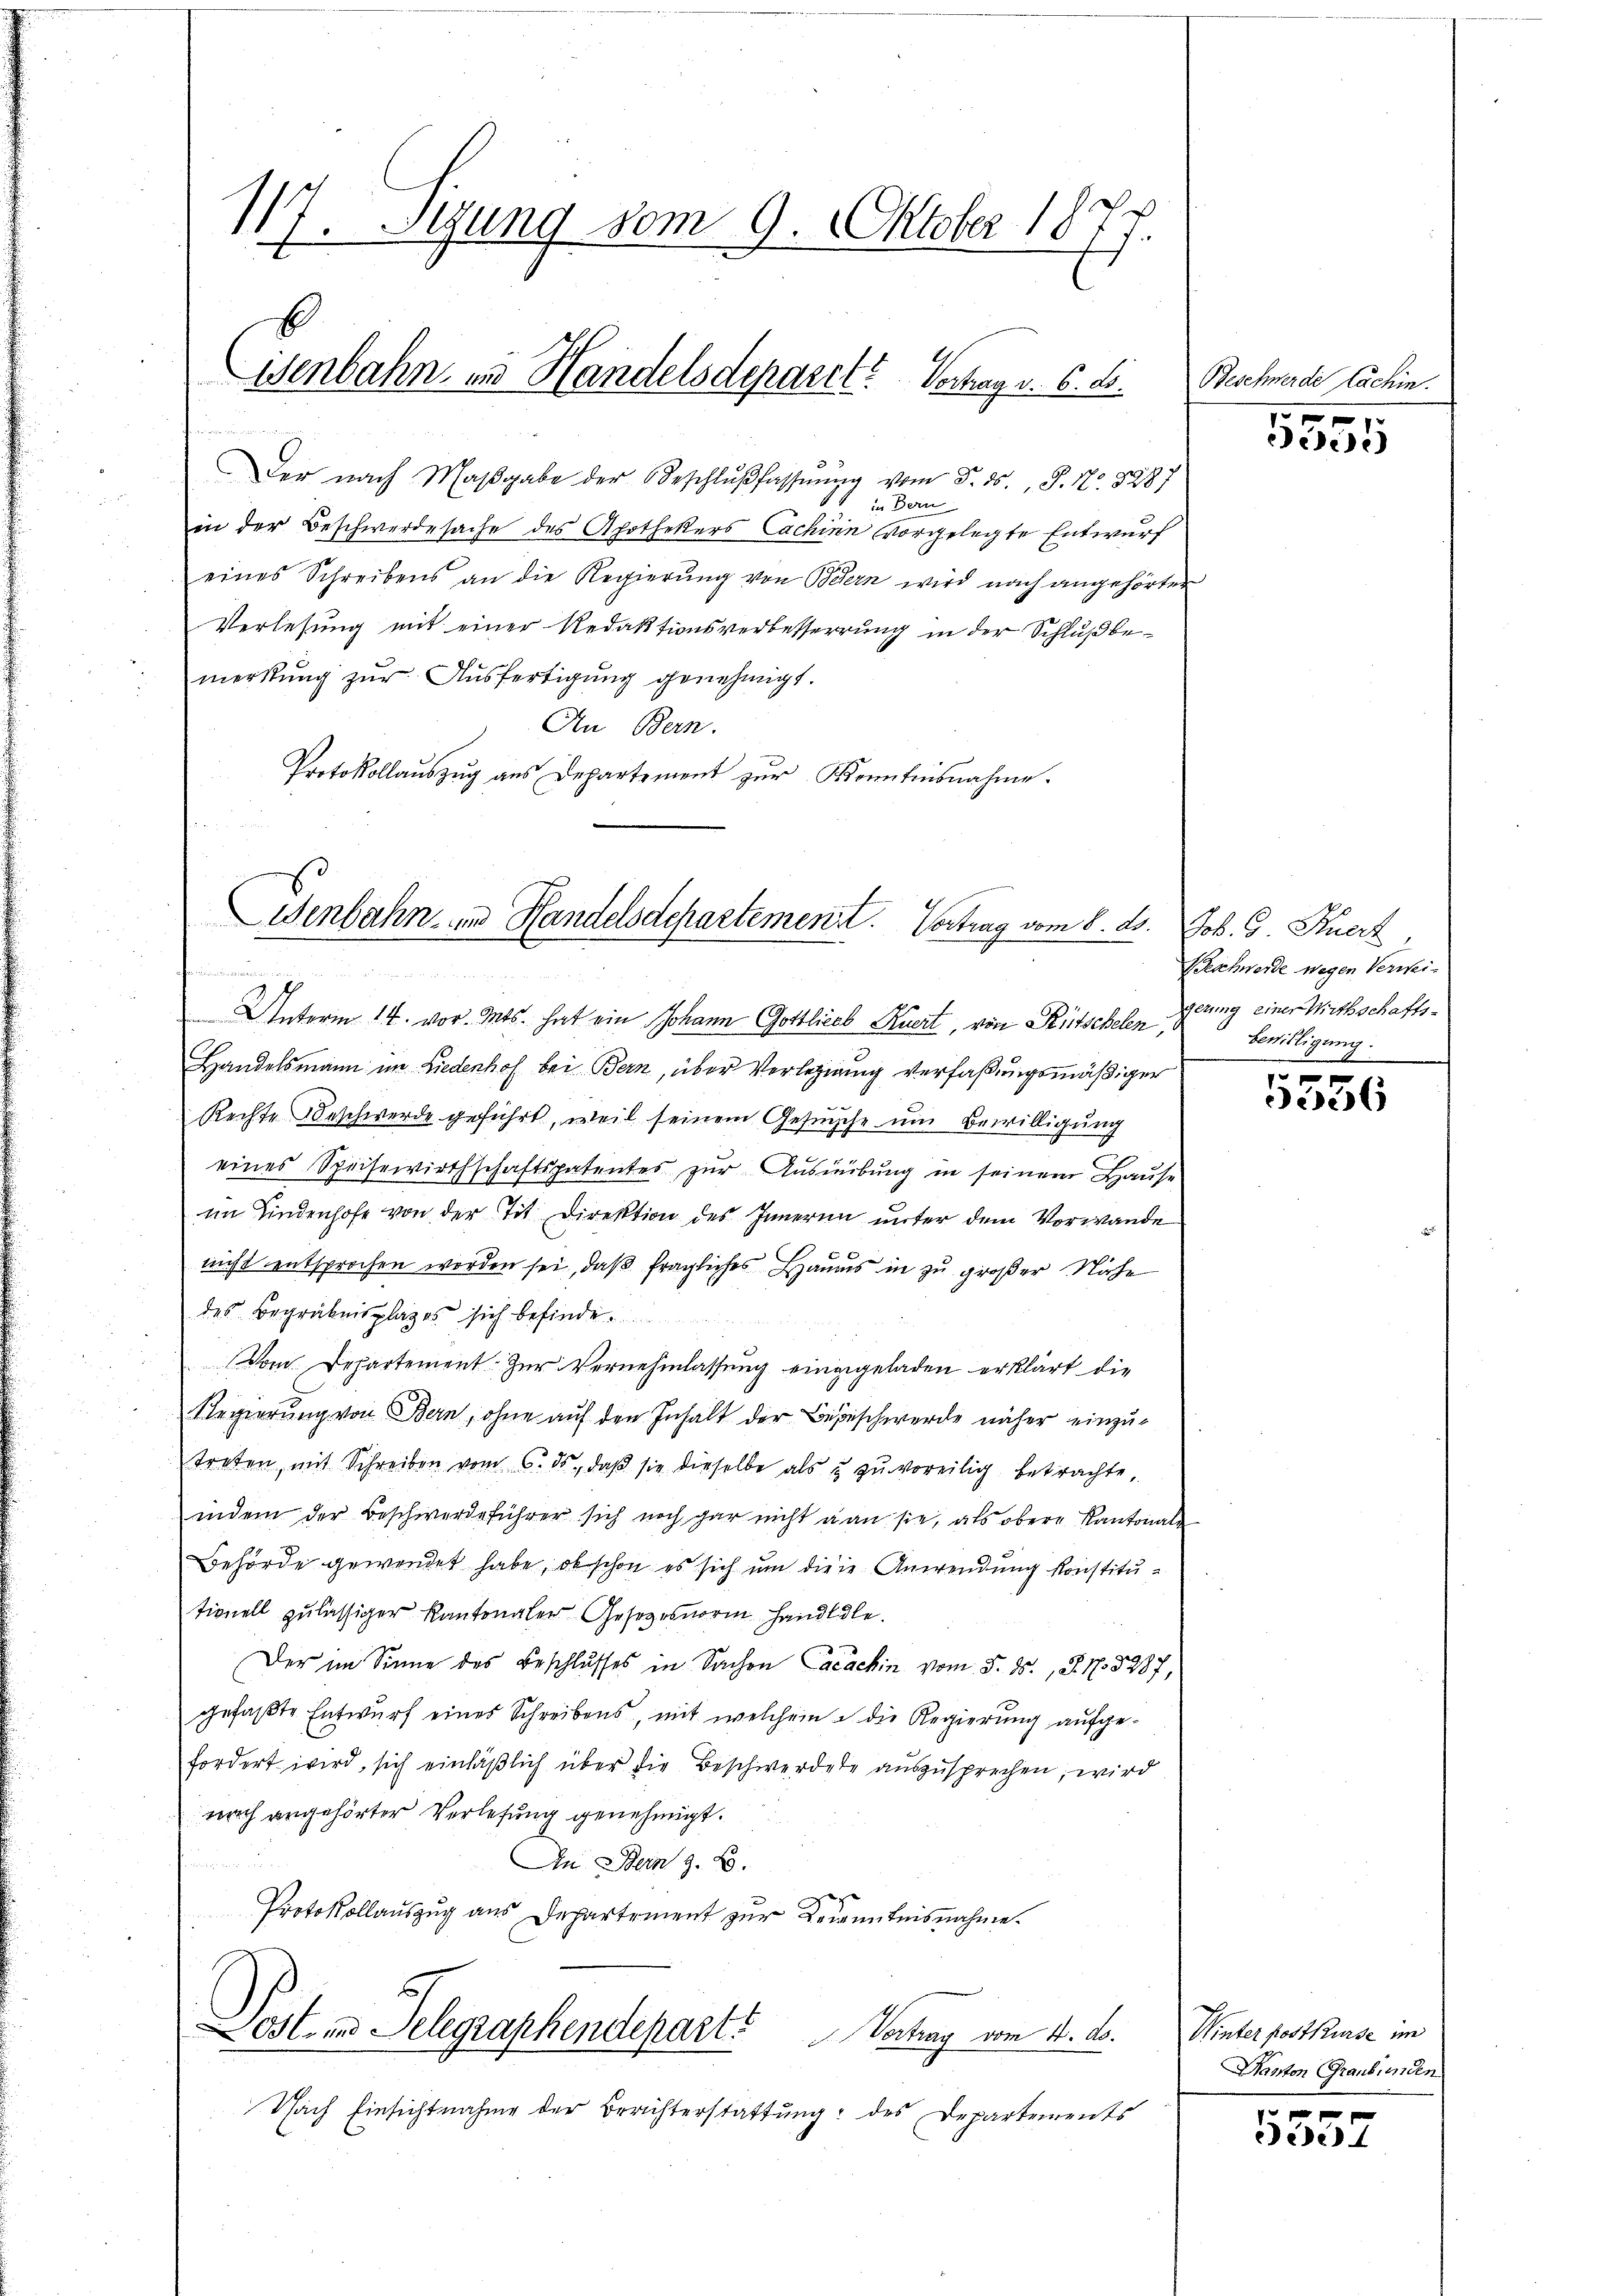
117. Segung vom 9. Oktober 1877.
b

Der nach Maβgabe der Beschlŭβ fassŭng vom 5. ds., S. Nr. 8287
) in Bern
in der Beschwerdesache des Apothekers Cachinn vorgelegte Entwurf
eines Schreibens an die Regierŭng von Bern wird nach angehörter
Verlesung mit einer Redaktionsverbesserrung in der Schluß bemerkung zur Ausfertigung genehmigt.
An Bern.
Protokollaŭszŭg aŭs Departement zŭr Kenntnisnahme.

Isenbahn in Handelsdepart? Vertrag v. 6. ds.

Wenbahn- und Handelsdepartement. Vortrag vom 8. d.
fnun

Unterm 14. vor. Mts. hat ein Johann Gottlieb Ruert, von Rütschelen gerung einer Wirthschafts¬
Handelsmann im Liedenhof bei Bern, über Verlegung verfaßungsmäßiger
Rechte Beschwerde geführt, weil seinem Gesŭche um Bewilligung
eines Speisewirthschaftspatentes zur Ausrübung in seinem Hause
im findenhofe von der Tit. Direktion des Inneren unter dem Vorwande
nicht entsprochen worden sei, daß fragliches Haus in zu großer Nähe
des Begräbnis plages sich befinde.
Dom. Departement. Zur Vernehmlassung eingegeladen erklärt die
Regierung von Bern, ohne auf den Inhalt der Bepeschwerde näher einzutreten, mit Schreiben vom 6. ds., daβ sie dieselbe als u zŭ voreilig betrachte,
indem der Beschwerdeführer sich noch gar nicht an sie, als obere Kantonale
Behörde gewendet habe, ob schon es sich um diese Anwendung konstitutionell zulässiger Kantonaler Gesezesnorm handldle.
Der im Sinne des Beschlusses in Sachen Cacachin vom J. J., S. N. 5287,
gefaßte Entwurf eines Schreibens, mit welchem die Regierung aufgefordert wird, sich einläβlich über die Beschwerdete aŭszŭsprechen, wird
nach angehörter Verlesung genehmigt.
An Stern z. B.
Protokollauszug aus Departement zur Kenntnisnahme.
Post in Telegraphendepart Vertrag vom 4. ds. Winter postkurse im
Nach Einsichtnahme der Berichterstattung des Departements

Beschwerde Lachin.

5555

Job. G. Kurz,
Beschwerde wegen Verweibewilligung.

f 0 x
e

Kanton Graubünden

10 f 0 x
ede